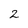
Character: 2